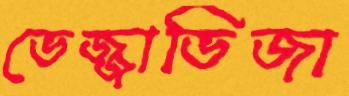
ভেজ্জাভিজা